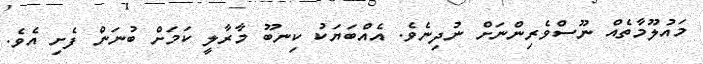
މައުލޫމާތެއް ނޫސްވެރިންނަށް ނުދިނެވެ. އެއްބަޔަކު ކިނބޫ މާރާލީ ކަމަށް ބުނަން ފެށި އެވެ.